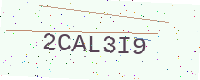
Text: 2CAL3I9